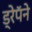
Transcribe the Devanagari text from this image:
ड्रेपॅने